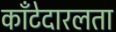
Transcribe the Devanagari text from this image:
काँटेदारलता